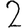
Digit: 2